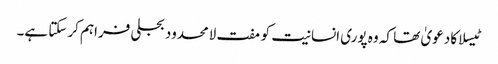
ٹیسلا کا دعویٰ تھا کہ وہ پوری انسانیت کو مفت لامحدود بجلی فراہم کرسکتا ہے۔